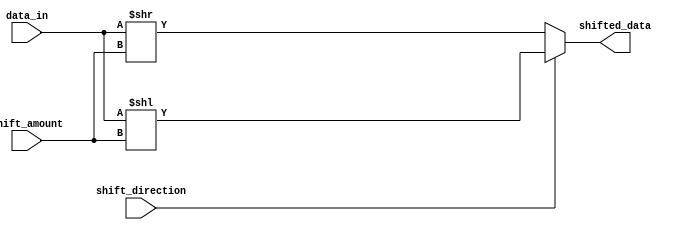
module Barrel_Shifter (
    input [7:0] data_in,
    input [2:0] shift_amount,
    input shift_direction, // 0 for right shift, 1 for left shift
    output [7:0] shifted_data
);

reg [7:0] data_out;

always @(*) begin
    if (shift_direction == 0) begin // right shift
        data_out = data_in >> shift_amount;
    end else begin // left shift
        data_out = data_in << shift_amount;
    end
end

assign shifted_data = data_out;

endmodule